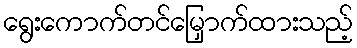
ရွေးကောက်တင်မြှောက်ထားသည့်